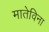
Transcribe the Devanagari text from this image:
मातेविना